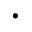
\cdot